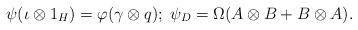
LaTeX: \begin{align*}\psi(\iota\otimes1_{H})=\varphi(\gamma\otimes q);\;\psi_{D}=\Omega(A\otimes B+B\otimes A).\end{align*}